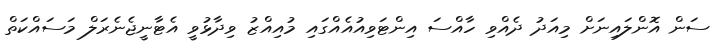
ސަން އޮންލައިނަށް މިއަދު ދެއްވި ހާއްސަ އިންޓަވިއުއެއްގައި މުއިއްޒު ވިދާޅުވީ އެޓާނީޖެނެރަލް މަސައްކަތް